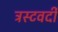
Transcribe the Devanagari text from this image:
ट्रस्टवर्दी